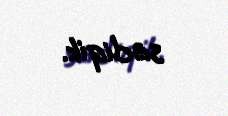
sadiqik.